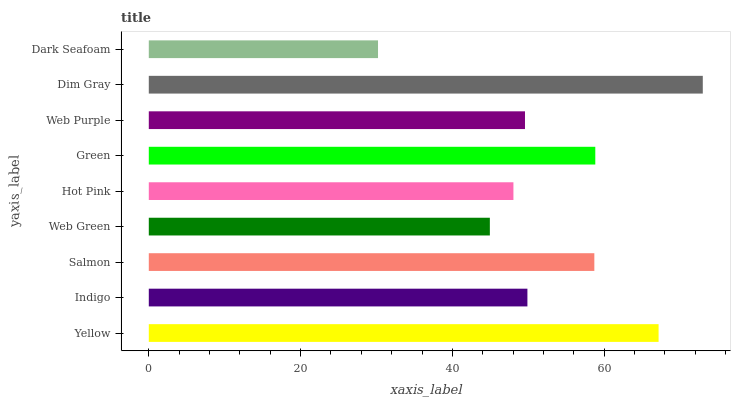
| yaxis_label | bars |
 | --- | --- |
 | Yellow | 67.2 |
 | Indigo | 49.9 |
 | Salmon | 58.7 |
 | Web Green | 44.9 |
 | Hot Pink | 48 |
 | Green | 58.8 |
 | Web Purple | 49.6 |
 | Dim Gray | 73 |
 | Dark Seafoam | 30.2 |